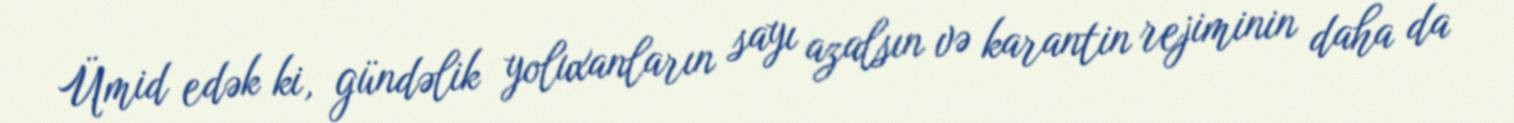
Ümid edək ki, gündəlik yoluxanların sayı azalsın və karantin rejiminin daha da